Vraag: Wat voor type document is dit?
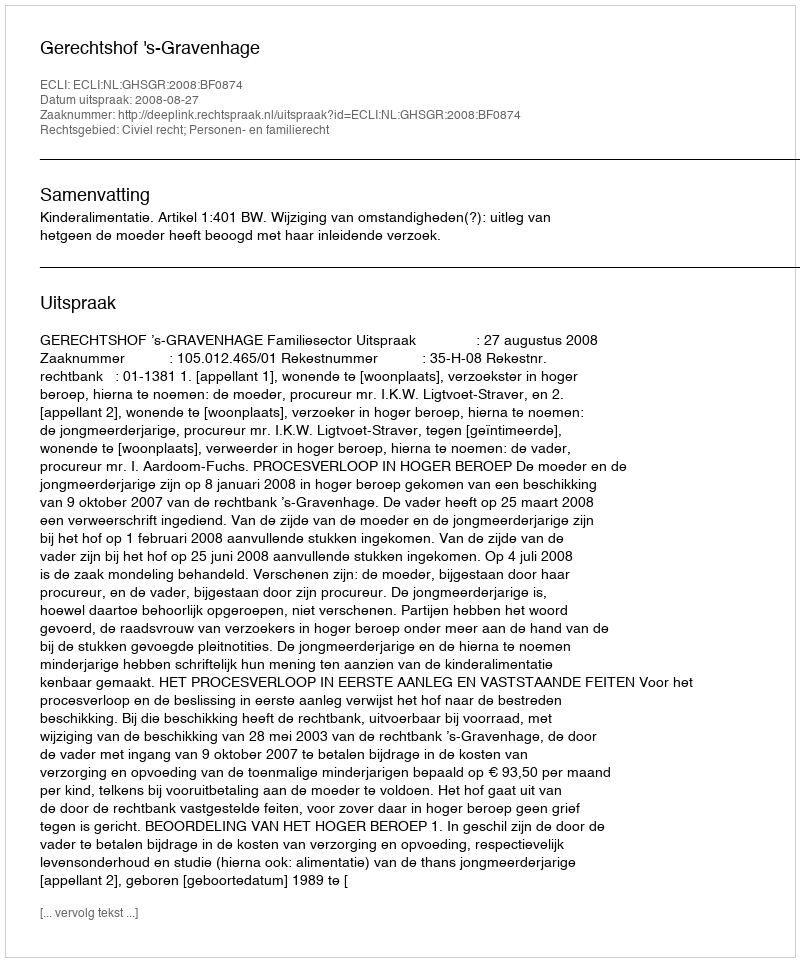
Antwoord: Uitspraak